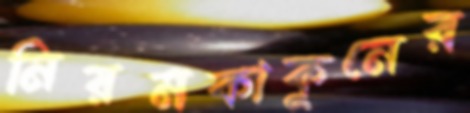
নিয়মকাকুনের